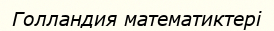
Голландия математиктері